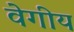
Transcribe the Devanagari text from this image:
वेगीय